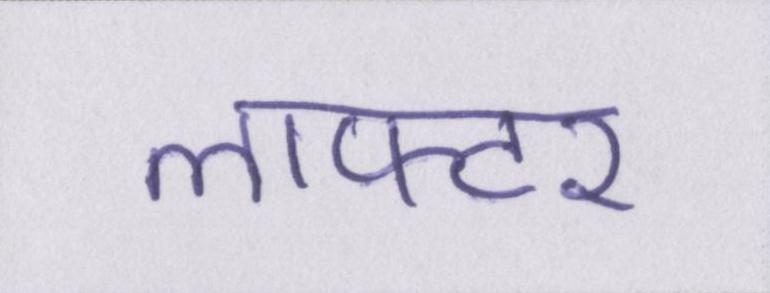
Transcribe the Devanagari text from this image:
लाफ्टर